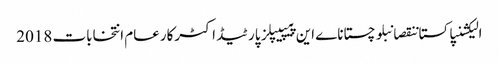
الیکشنپاکستاننقصانبلوچستاناے این پیپیپلز پارٹیڈاکٹرکارعام انتخابات 2018